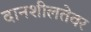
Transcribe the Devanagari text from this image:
दानशीलतेवर